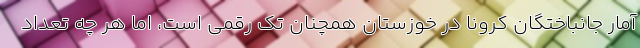
آمار جانباختگان کرونا در خوزستان همچنان تک رقمی است، اما هر چه تعداد